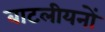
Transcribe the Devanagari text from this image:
बाटलीयनों